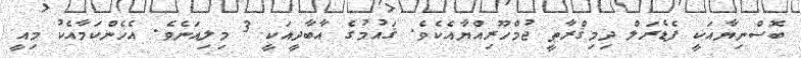
ބޮސްނިޔާއަކީ ފެޑެރަލް ދިމިޤްރާޠީ ޖުމްހޫރިއްޔާއެކެވެ. ޤައުމުގެ އާބާދީއަކީ 3 މިލިއަނެވެ. އެހެންކަމާއެކު މިއީ